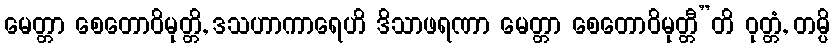
မေတ္တာ စေတောဝိမုတ္တိ, ဒသဟာကာရေဟိ ဒိသာဖရဏာ မေတ္တာ စေတောဝိမုတ္တီ”တိ ဝုတ္တံ, တမ္ပိ